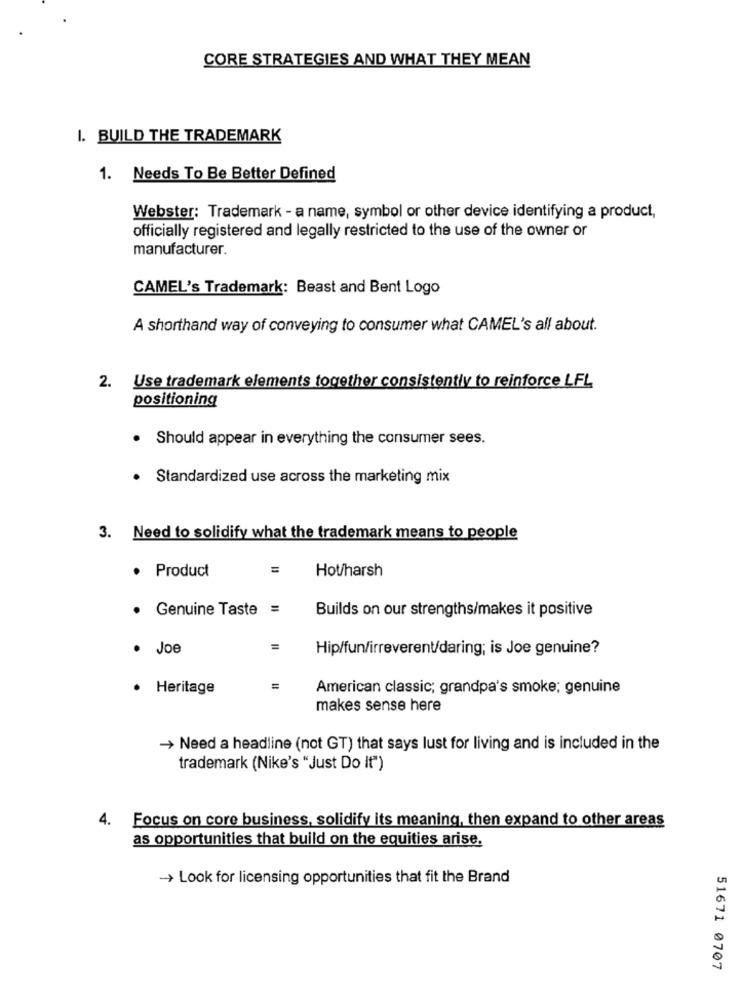
CORE STRATEGIES AND WHAT THEY MEAN
1. BUILD THE TRADEMARK
1. Needs To Be Better Defined
Webster: Trademark - a name, symbol or other device identifying a product,
officially registered and legally restricted to the use of the owner or
manufacturer.
CAMEL's Trademark: Beast and Bent Logo
A shorthand way of conveying to consumer what CAMEL's all about.
2. Use trademark elements together consistently to reinforce LFL
positioning
. Should appear in everything the consumer sees.
· Standardized use across the marketing mix
3. Need to solidify what the trademark means to people
· Product
Hot/harsh
Builds on our strengths/makes it positive
· Genuine Taste =
. Joe
=
Hip/fun/irreverent/daring; is Joe genuine?
· Heritage
=
American classic; grandpa's smoke; genuine
makes sense here
-> Need a headline (not GT) that says lust for living and is included in the
trademark (Nike's "Just Do It")
4. Focus on core business, solidify its meaning, then expand to other areas
as opportunities that build on the equities arise.
- Look for licensing opportunities that fit the Brand
51671 0707